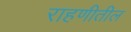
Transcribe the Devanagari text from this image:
राहणीतील